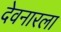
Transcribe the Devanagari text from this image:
देवनारला